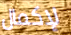
لإكمال